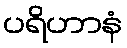
ပရိဟာနံ